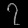
Digit: ၇